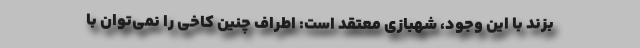
بزند با این وجود، شهبازی معتقد است: اطراف چنین کاخی را نمی‌توان با